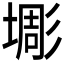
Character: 𱗱